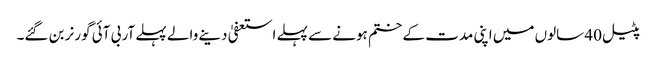
پٹیل 40 سالوں میں اپنی مدت کے ختم ہونے سے پہلے استعفیٰ دینے والے پہلے آر بی آئی گورنر بن گئے۔